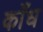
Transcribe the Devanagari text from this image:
काँध